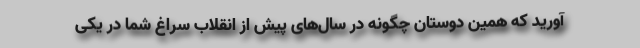
آورید که همین دوستان چگونه در سال‌های پیش از انقلاب سراغ شما در یکی